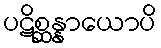
ပဋိစ္ဆန္နာယောပိ